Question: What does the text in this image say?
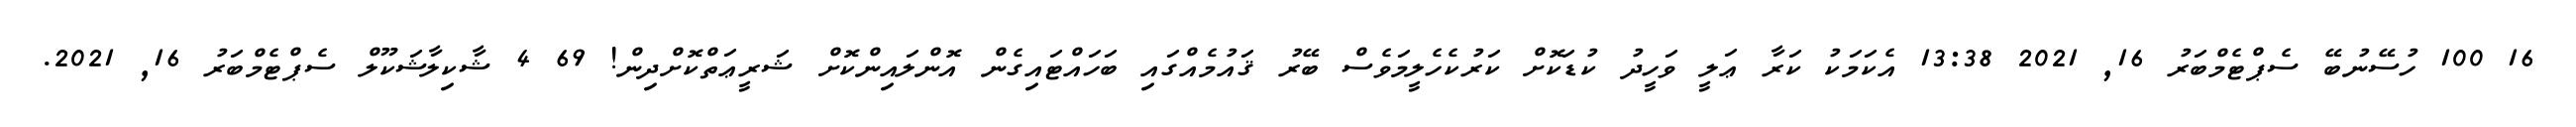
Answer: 16 100 ހުސޭނުބޭ ސެޕްޓެމްބަރު 16, 2021 13:38 އެކަމަކު ކަރާ ޢަލީ ވަހީދު ކުޑަކޮށް ކަރުކެހެލީމަވެސް ބޭރު ޤައުމެއްގައި ބަހައްޓައިގެން އޮންލައިންކޮށް ޝަރީޢަތްކޮށްދިން! 69 4 ޝާކިލާޝަކޫލް ސެޕްޓެމްބަރު 16, 2021.